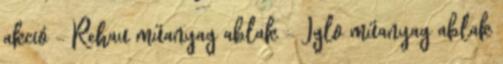
akció - Rehau műanyag ablak - Iglo műanyag ablak